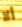
ألا